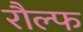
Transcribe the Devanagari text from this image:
रौल्फ